Lunatic asylums Bombay report 1878-1890 - 1878-1890
Year: 1878
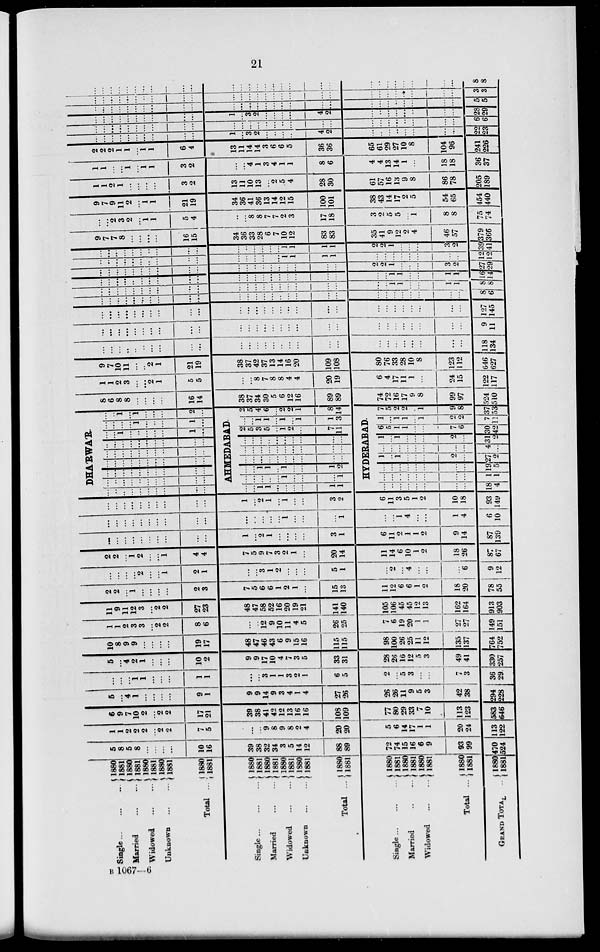
21
Single
...
...
...
Married ... ...
Widowed
...
...
Unknown
...
...
Total ...
Single
...
...
...
Married
...
...
Widowed
...
...
Unknown
...
...
Total
...
Single
...
...
...
Married
...
...
Widowed
...
...
Total
...
GRAND TOTAL ...
1880
1881
1880
1881
1880
1881
1880
1881
1880
1881
1880
1881
1880
1881
1880
1881
1880
1881
1880
1881
1880
1881
1880
1881
1880
1881
1880
1881
1880
1881
5
8
5
8
...
...
...
...
10
16
39
38
32
34
3
5
14
12
88
89
72
74
15
16
6
9
93
99
470
524
1
1
2
2
2
...
2
2
7
5
...
...
9
8
9
8
2
4
20
20
5
6
14
17
1
1
20
24
113
122
6
9
7
10
2
...
2
2
17
21
39
38
41
42
12
13
16
16
108
109
77
80
29
33
7
10
113
123
583
646
5
...
4
1
...
...
...
...
9
1
9
9
14
9
3
4
1
4
27
26
26
26
11
9
5
3
42
38
294
228
...
...
...
1
1
...
...
...
1
1
...
...
3
1
1
3
2
1
6
5
2
...
5
3
...
...
7
3
36
29
5
...
4 2
1
...
...
...
10
2
9
9
17
10
4
7
3
5
33
31
28
26
16
12
5
3
49
41
330
257
10
8
9
9
...
...
...
...
19
17
48
47
46
43
6
9
15
16
115
115
98
100
26
25
11
12
135
137
764
752
1
1
2
3
3
...
2
2
8
6
...
...
12
9
10
11
4
5
26
25
7
6
19
20
1
1
27
27
149
151
11
9
11
12
3
...
2
2
27
23
48
47
58
52
16
20
19
21
141
140
105
106
45
45
12
13
162
164
913
903
2
2
...
1
...
...
...
...
2
3
7
5
6
6
1
2
1
...
15
13
11
12
6
6
1
2
18
20
78
55
...
...
...
...
2
...
...
1
2
1
...
...
3
1
2
...
...
...
5
1
...
2
...
4
...
...
...
6
9
12
2
2
...
1
2
...
...
1
4
4
7
5
9
7
3
2
1
...
20
14
11
14
6
10
1
2
18
26
87
67
...
...
...
...
...
...
...
...
...
...
1
...
2
1
...
...
...
...
3
1
6
11
2
1
1
2
9
14
87
139
...
...
...
...
...
...
...
...
...
...
...
...
...
...
...
1
...
...
...
1
...
...
1
4
...
...
1
4
6
10
...
...
...
...
...
...
...
...
...
...
1
...
2
1
...
1
...
...
3
2
6
11
3
5
1
2
10
18
93
149
DHA'RWA'R.
...
...
...
...
...
...
...
...
...
...
...
...
...
...
...
...
...
...
...
...
...
...
...
...
...
...
...
...
...
...
...
...
...
...
...
..
...
...
...
...
...
...
...
...
...
...
...
...
...
...
...
...
...
...
...
...
...
...
...
...
...
...
1
...
...
...
...
...
1
...
...
...
...
...
1
...
...
...
1
...
...
...
1
...
1
...
...
...
2
...
AHMEDABAD
...
...
1
1
...
...
...
...
1
1
...
...
...
...
...
1
...
...
...
1
...
...
1
1
...
1
...
...
1
2
...
...
...
...
...
...
...
...
...
...
...
...
...
...
...
...
...
...
...
...
...
...
...
...
...
...
...
...
...
...
2
5
3
5
...
1
2
...
7
11
...
...
1
1
...
1
...
1
1
3
2
5
4
6
...
2
2
1
8
14
HYDERABAD.
...
...
...
...
...
...
...
...
8
4
...
...
...
...
...
...
...
...
1
1
...
...
...
...
...
...
...
...
19
5
1
...
1
...
...
...
2
...
27
2
...
...
...
...
...
...
...
...
4
...
1
...
1
...
...
...
2
...
31
2
6
5
1
1
...
...
7
6
30
42
1
...
1
1
...
1
2
2
7
11
7
5
2
2
...
1
9
8
37
53
8
6
8
8
...
...
...
...
16
14
38
37
34
30
5
6
12
16
89
89
74
72
16
17
9
8
99
97
524
510
1
1
2
3
...
...
2
1
5
5
...
...
8
7
8
8
4
4
20
19
6
4
17
11
1
...
24
15
122
117
9
7
10
11
...
...
2
1
21
19
38
37
42
37
13
14
16
20
109
108
80
76
33
28
10
8
123
112
646
627
...
...
...
...
...
...
...
...
...
...
...
...
...
...
...
...
...
...
...
...
...
...
...
...
...
...
...
...
118
34
...
...
...
...
...
...
...
...
...
...
...
...
...
...
...
...
...
...
...
...
...
...
...
...
...
...
...
...
9
11
...
...
...
...
...
...
...
...
...
...
...
...
...
...
...
...
...
...
...
...
...
...
...
...
...
...
...
...
127
45
...
...
...
...
...
...
...
...
...
...
...
...
...
...
...
...
...
...
...
...
...
...
...
...
...
...
...
...
8
6
...
...
...
...
...
...
...
...
...
...
...
...
...
...
...
...
...
...
...
...
...
...
1
1
...
...
1
1
8
8
...
...
...
...
...
...
...
...
...
...
...
...
...
...
...
...
...
...
...
...
...
...
1
1
...
...
1
1
16
14
...
...
...
...
...
...
...
...
...
...
...
...
...
...
...
...
...
...
...
...
2
2
1
...
...
...
3
2
27
29
...
...
...
...
...
...
...
...
...
...
...
...
...
...
...
...
1
1
1
1
...
...
...
...
...
...
...
...
12
12
...
...
...
...
...
...
...
...
...
...
...
...
...
...
...
...
1
1
1
1
2
0
1
...
...
...
3
2
39
1
9
7
7
8
...
...
...
...
16
15
34
36
33
28
6
7
10
12
83
83
35
41
9
12
2
4
46
57
379
366
...
...
2
3
2
...
1
1
5
4
...
...
8
8
7
7
2
3
17
18
3
0
5
5
...
1
8
8
75
74
9
7
9
11
2
...
1
1
21
19
34
36
41
36
13
14
12
15
100
101
38
43
14
17
2
5
54
65
454
440
1
1
2
1
...
...
...
...
3
2
13
11
10
13
...
2
5
4
28
30
61
57
16
13
9
8
86
78
205
189
1
1
...
...
1
...
1
1
3
2
...
...
4
1
3
4
1
1
8
6
4
4
13
14
1
...
18
18
36
37
2
2
2
1
1
...
1
1
6
4
13
11
14
14
3
6
6
5
36
36
65
61
29
27
10
8
104
96
241
226
...
...
...
...
...
...
...
...
...
...
1
...
3
2
...
...
...
...
4
2
...
...
...
...
...
...
...
...
22
23
...
...
...
...
...
...
...
...
...
...
...
...
...
...
...
...
...
...
...
...
...
...
...
...
...
...
...
...
6
6
...
...
...
...
...
...
...
...
...
...
1
...
3
2
...
...
...
...
4
2
...
...
...
...
...
...
...
...
28
29
...
...
...
...
...
...
...
...
...
...
...
...
...
...
...
...
...
...
...
...
...
...
...
...
...
...
...
...
5
5
...
...
...
...
...
...
...
...
...
...
...
...
...
...
...
...
...
...
...
...
...
...
...
...
...
...
...
...
3
3
...
...
...
...
...
...
...
...
...
...
...
...
...
...
...
...
...
...
...
...
...
...
...
...
...
...
...
...
8
8
B 1067—6